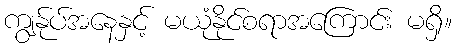
ကျွန်ုပ်အနေနှင့် မယုံနိုင်စရာအကြောင်း မရှိ။